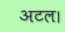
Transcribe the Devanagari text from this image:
अटल।